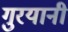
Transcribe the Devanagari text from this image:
गुरयानी